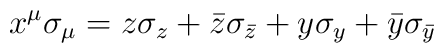
x^{\mu}\sigma_{\mu}=z\sigma_{z}+\bar{z}\sigma_{\bar{z}}+y\sigma_{y}+\bar{y}\sigma_{\bar{y}}